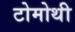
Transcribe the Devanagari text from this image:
टोमोथी